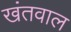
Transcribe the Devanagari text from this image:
खंतवाल